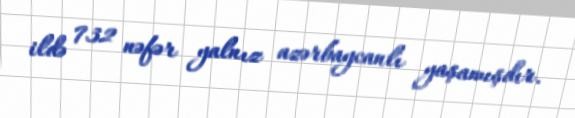
ildə 732 nəfər yalnız azərbaycanlı yaşamışdır.